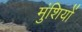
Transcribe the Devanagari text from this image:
मुंशियों